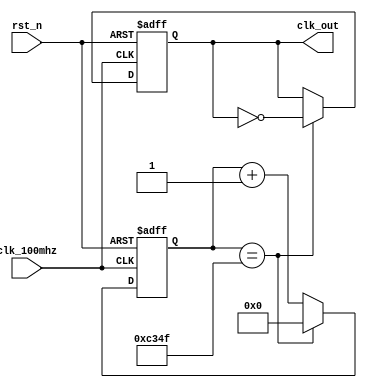
`timescale 1ns / 1ps
//////////////////////////////////////////////////////////////////////////////////
//
// Design Name:
// Module Name: clk_div
// Project Name:
// Target Devices:
// Tool Versions:
// Description: a simple clock divider
//
// Dependencies:
//
// Revision:
// Revision 0.01 - File Created
// Additional Comments:
//
//////////////////////////////////////////////////////////////////////////////////


module clk_div(input clk_100mhz,
               input rst_n,
               output reg clk_out);
    
    parameter period = 100000;
    
    reg [31:0] cnt;
    
    always @(posedge clk_100mhz or negedge rst_n) begin
        if (~rst_n) begin
            cnt <= 0;
            clk_out <= 0;
        end else begin
            if (cnt == (period >> 1) - 1) begin
                clk_out <= ~clk_out;
                cnt <= 0;
            end else begin
                cnt <= cnt + 1;
            end
        end
    end
    
endmodule